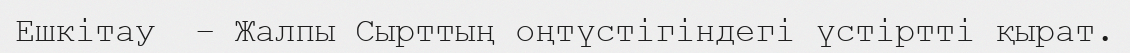
Ешкітау  – Жалпы Сырттың оңтүстігіндегі үстіртті қырат.